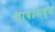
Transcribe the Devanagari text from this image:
भाषांमध्‍ये